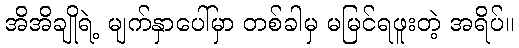
အိအိချိုရဲ့ မျက်နှာပေါ်မှာ တစ်ခါမှ မမြင်ရဖူးတဲ့ အရိပ်။